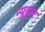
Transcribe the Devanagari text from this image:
न्यूइस्ट